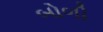
બોળી